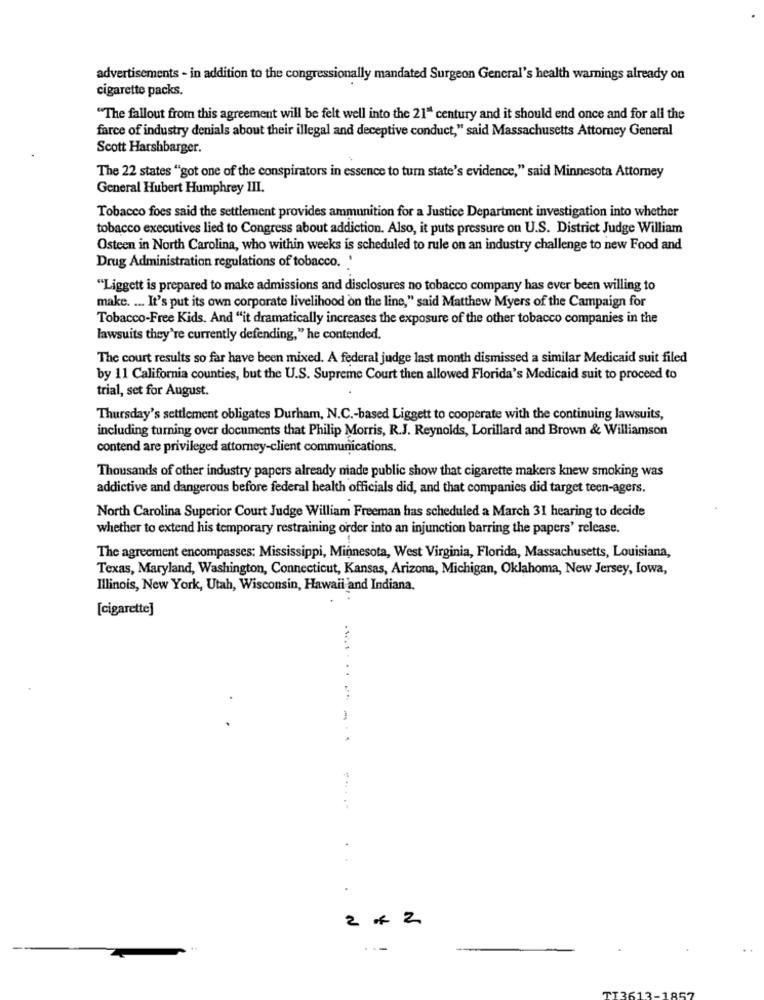
advertisements - in addition to the congressionally mandated Surgeon General's health warnings already on
cigarette packs.
"The fallout from this agreement will be felt well into the 21" century and it should end once and for all the
farce of industry denials about their illegal and deceptive conduct," said Massachusetts Attomey General
Scott Harshbarger.
The 22 states "got one of the conspirators in essence to turn state's evidence," said Minnesota Attorney
General Hubert Humphrey III.
Tobacco foes said the settlement provides ammunition for a Justice Department investigation into whether
tobacco executives lied to Congress about addiction. Also, it puts pressure on U.S. District Judge William
Osteen in North Carolina, who within weeks is scheduled to rule on an industry challenge to new Food and
Drug Administration regulations of tobacco.'
"Liggett is prepared to make admissions and disclosures no tobacco company has ever been willing to
make. ... It's put its own corporate livelihood on the line," said Matthew Myers of the Campaign for
Tobacco-Free Kids. And "it dramatically increases the exposure of the other tobacco companies in the
lawsuits they're currently defending," he contended.
The court results so far have been mixed. A federal judge last month dismissed a similar Medicaid suit filed
by 11 California counties, but the U.S. Supreme Court then allowed Florida's Medicaid suit to proceed to
trial, set for August.
Thursday's settlement obligates Durham, N.C .- based Liggett to cooperate with the continuing lawsuits,
including turning over documents that Philip Morris, R.J. Reynolds, Lorillard and Brown & Williamson
contend are privileged attorney-client communications.
Thousands of other industry papers already made public show that cigarette makers knew smoking was
addictive and dangerous before federal health officials did, and that companies did target teen-agers.
North Carolina Superior Court Judge William Freeman has scheduled a March 31 hearing to decide
whether to extend his temporary restraining order into an injunction barring the papers' release.
The agreement encompasses: Mississippi, Minnesota, West Virginia, Florida, Massachusetts, Louisiana,
Texas, Maryland, Washington, Connecticut, Kansas, Arizona, Michigan, Oklahoma, New Jersey, Iowa,
Illinois, New York, Utah, Wisconsin, Hawaii and Indiana.
[cigarette]